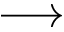
\longrightarrow